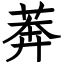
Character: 莾